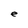
Character: e